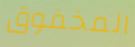
المخفوق